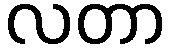
လတာ